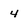
Character: 4